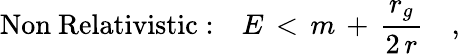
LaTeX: \mathrm{Non~Relativistic:}\quad E\, <\, m\, +\, {\frac{r_{g}}{2\, r}}\quad,